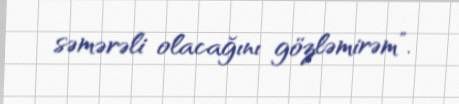
səmərəli olacağını gözləmirəm”.